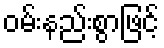
ဝမ်းနည်းစွာဖြင့်